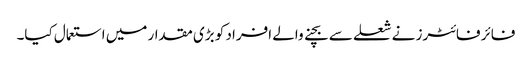
فائر فائٹرز نے شعلے سے بچنے والے افراد کو بڑی مقدار میں استعمال کیا۔